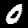
Digit: 0